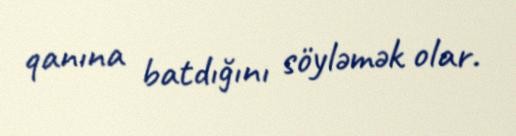
qanına batdığını söyləmək olar.